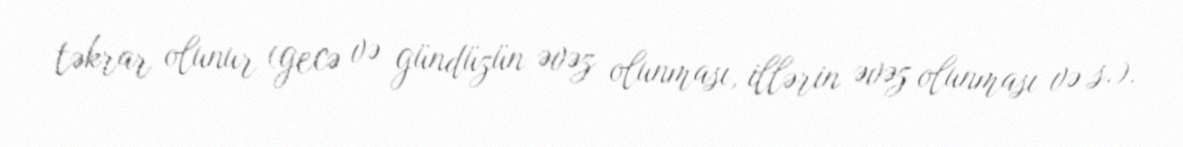
təkrar olunur (gecə və gündüzün əvəz olunması, illərin əvəz olunması və s.).